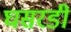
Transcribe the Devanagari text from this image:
घसरडी